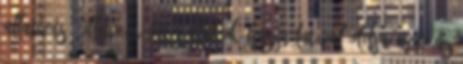
allativus , illetve névutós alakok használatával oldja meg. Az